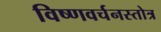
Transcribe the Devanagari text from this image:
विष्णवर्चनस्तोत्र